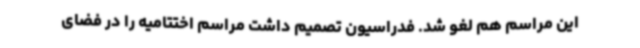
این مراسم هم لغو شد. فدراسیون تصمیم داشت مراسم اختتامیه را در فضای